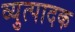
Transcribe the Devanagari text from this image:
व्युत्पादक